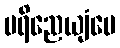
ပရိညေယျံပေ